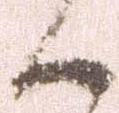
候